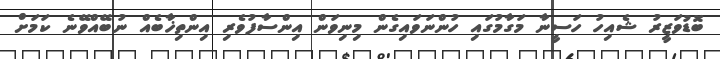
ބޮޑުވަޒީރު ޝެއިހު ހަސީނާ މަގާމުގައި ހުންނަވައިގެން މިނިވަން އިންސާފުވެރި އިންތިޚާބެއް ނުބޭއްވޭނެ ކަމަށް